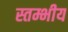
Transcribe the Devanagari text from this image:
स्तम्भीय